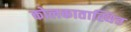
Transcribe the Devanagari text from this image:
कोलकातास्थित